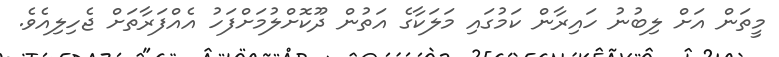
މީތަން އަށް ލިބުނު ހައިރާން ކަމުގައި މަލަކާގެ އަތުން ދޫކޮށްލުމަށްފަހު އެއްފަރާތަށް ޖެހިލިއެވެ.